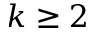
k \geq 2